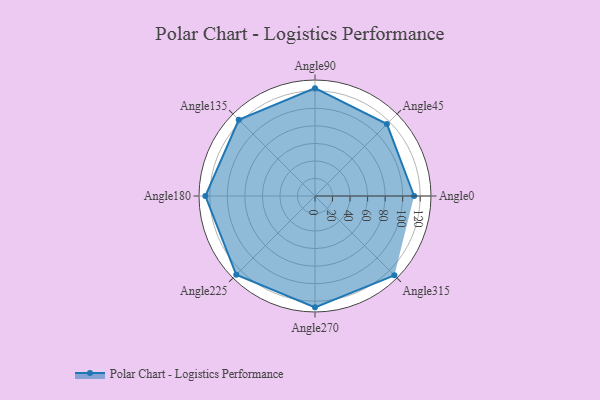
{"axis": {"x": "Angle", "y": "Radius"}, "legend": [""], "data": [{"x": "Angle0", "y": 113.0, "type": ""}, {"x": "Angle45", "y": 116.0, "type": ""}, {"x": "Angle90", "y": 123.0, "type": ""}, {"x": "Angle135", "y": 123.0, "type": ""}, {"x": "Angle180", "y": 125.0, "type": ""}, {"x": "Angle225", "y": 127.0, "type": ""}, {"x": "Angle270", "y": 127.0, "type": ""}, {"x": "Angle315", "y": 128.0, "type": ""}]}